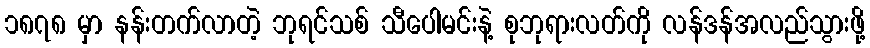
၁၈၇၈ မှာ နန်းတက်လာတဲ့ ဘုရင်သစ် သီပေါမင်းနဲ့ စုဘုရားလတ်ကို လန်ဒန်အလည်သွားဖို့